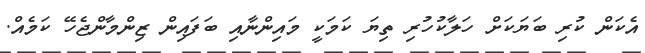
އެކަންް ކުރި ބަޔަކަށް ހަލާކުހުރި ތިޔަ ކަމަކީ މައިންނާއި ބަފައިން ޒިންމާާންޖެހޭ ކަމެއް.